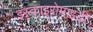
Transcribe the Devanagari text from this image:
इस्काइरोमाइडी